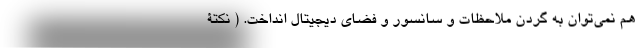
هم نمی‌توان به گردن ملاحظات و سانسور و فضای دیجیتال انداخت. ( نکتۀ